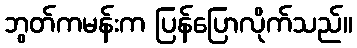
ဘွတ်ကမန်းက ပြန်ပြောလိုက်သည်။